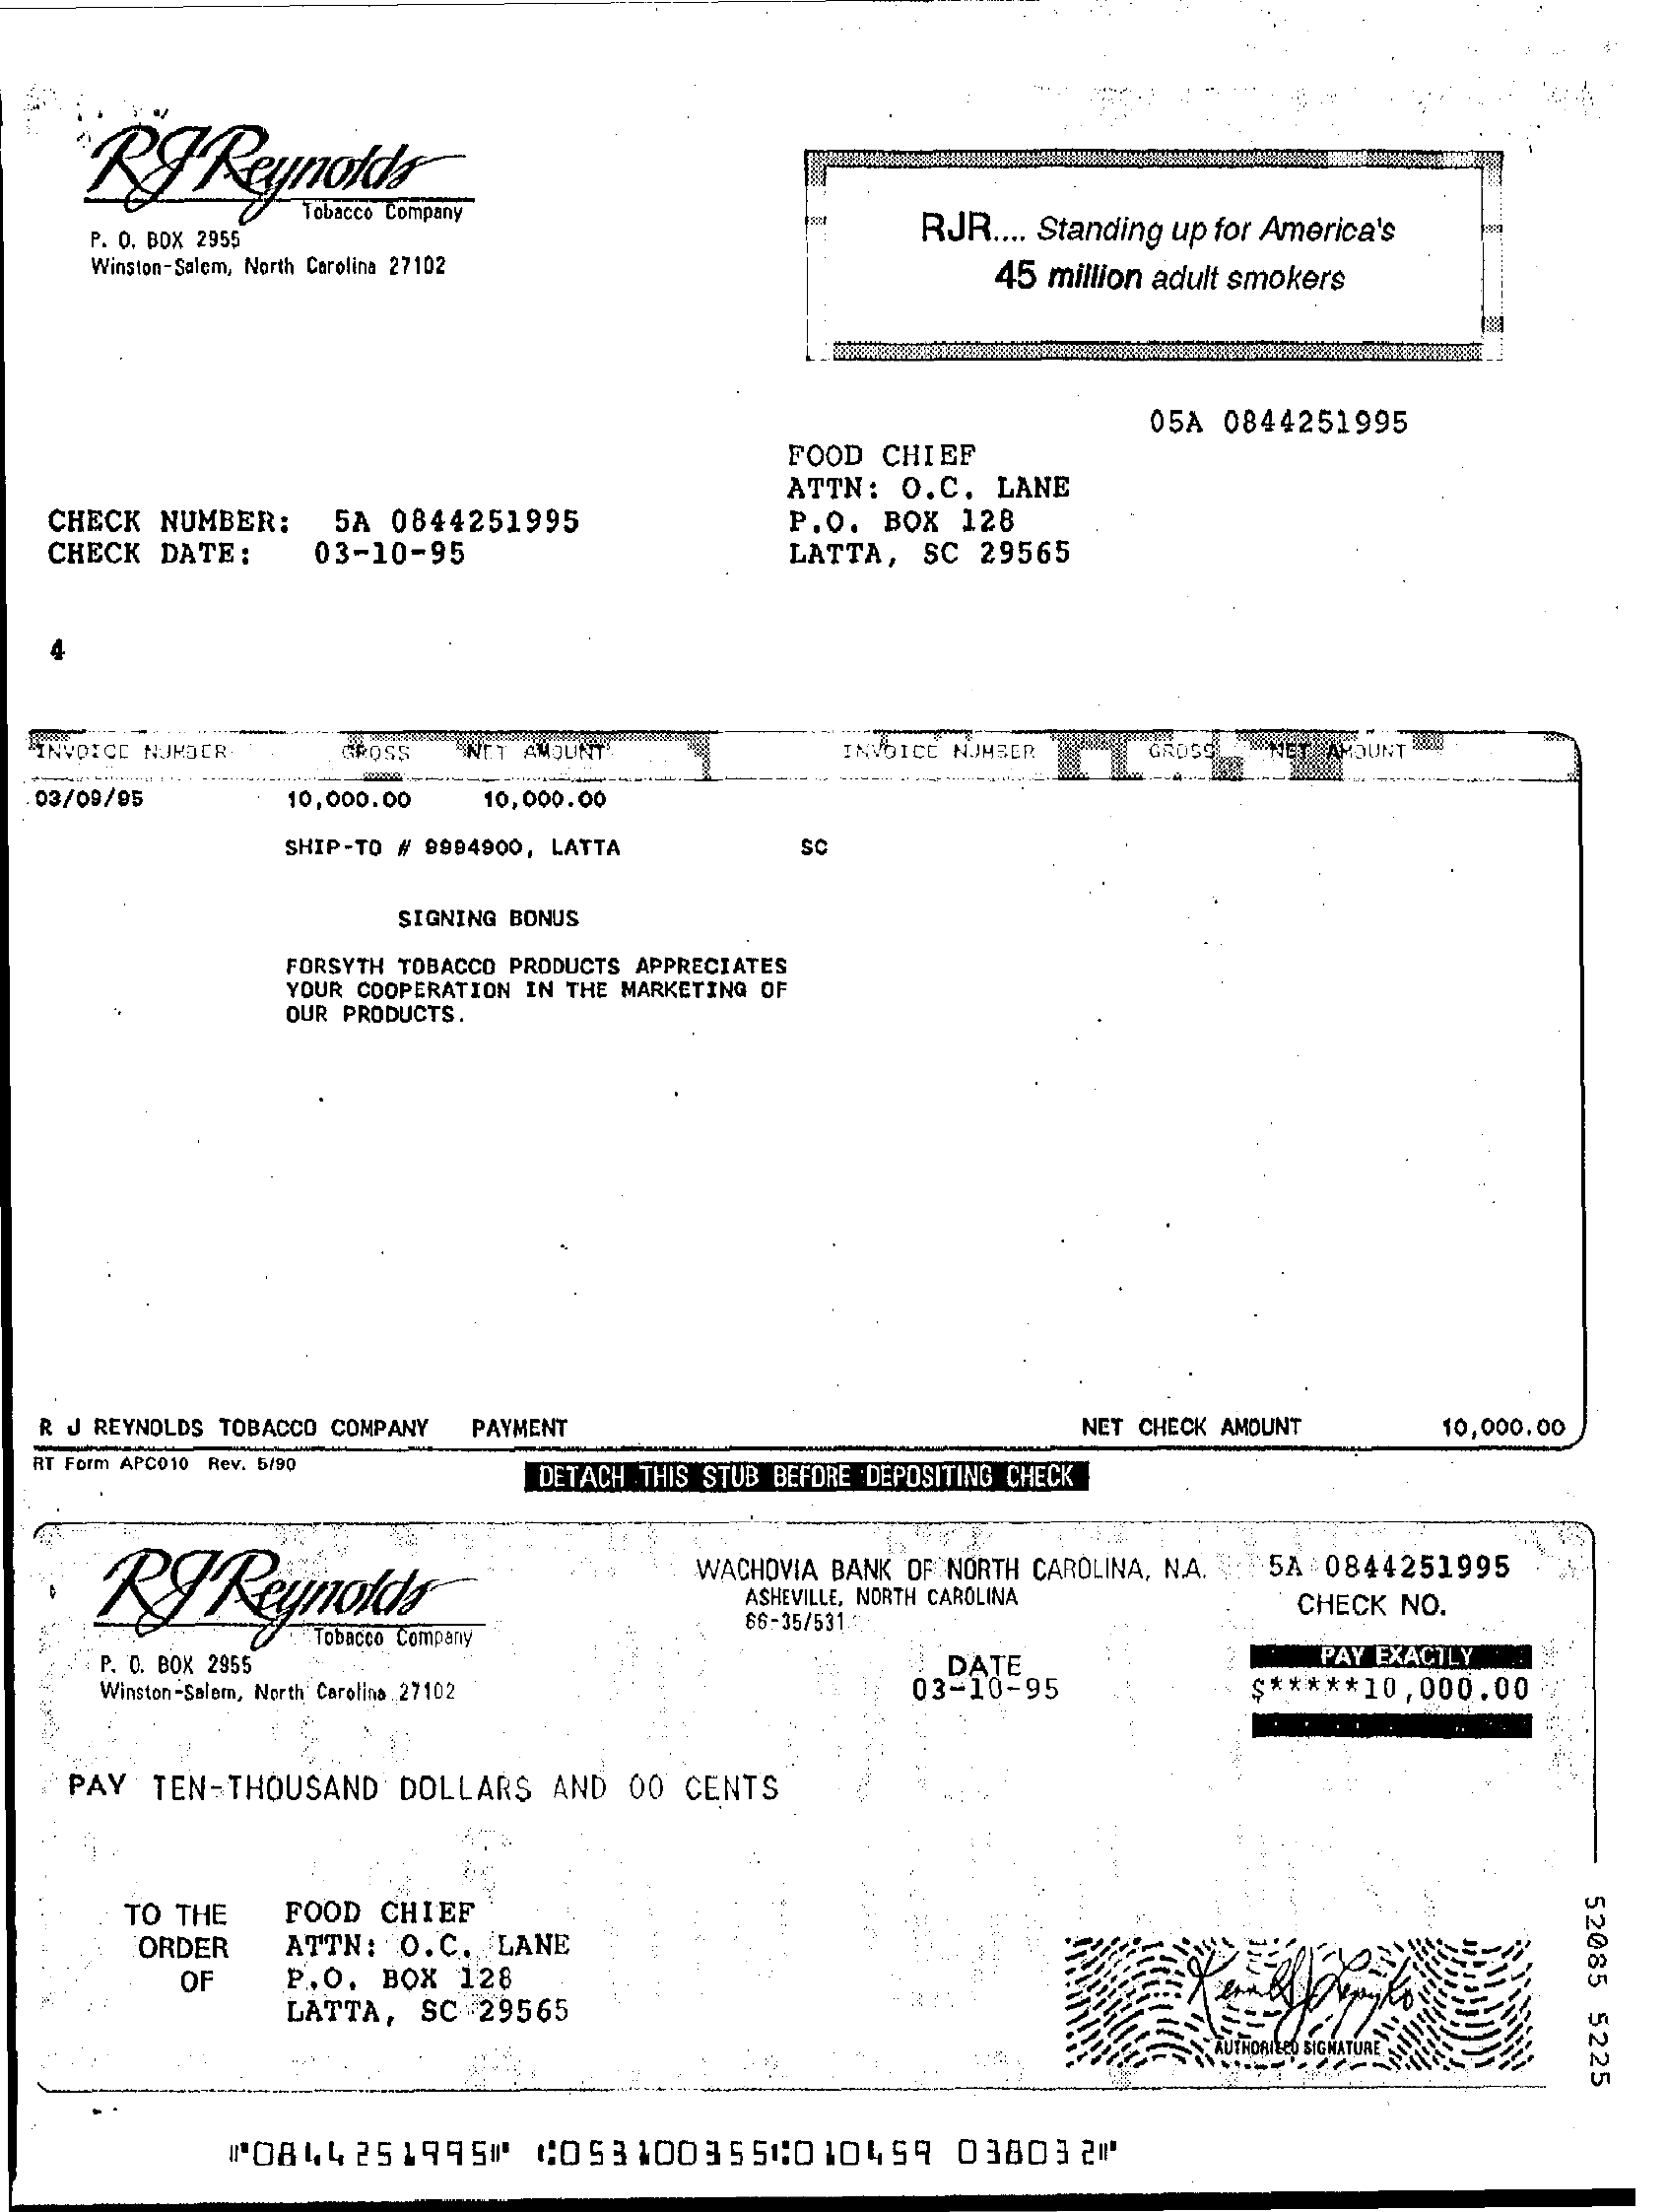
Reynolds
     Tobacco Company
   P. O. BOX 2955    RJR .... Standing up for America's
    Winston-Salem, North Carolina 27102 45 million adult smokers
     05A 0844251995
     FOOD CHIEF
     ATTN: O.C. LANE
  CHECK NUMBER: 5A 0844251995 P.O. BOX 128
  CHECK DATE: 03-10-95    LATTA, SC 29565
  INVOICE NUMBER ROSS AMOUNT  INVOICE NUMBER "NET AMOUNT
  03/09/95 10,000.00 10,000.00
     SHIP-TO # 8994900, LATTA SC
     SIGNING BONUS
     FORSYTH TOBACCO PRODUCTS APPRECIATES
     YOUR COOPERATION IN THE MARKETING OF
     OUR PRODUCTS.
  R J REYNOLDS TOBACCO COMPANY PAYMENT NET CHECK AMOUNT 10,000.00
  RT Form APC010 Rev. 6/90
     DETACH THIS STUB BEFORE DEPOSITING CHECK
    RT  Reynolds®
     WACHOVIA BANK OF NORTH CAROLINA, NA. : 5A 0844251995
     ASHEVILLE, NORTH CAROLINA
     Tobacco Company
     66-35/5315-
     CHECK NO.
    P. O. BOX 2955    PAY EXACTLY
    Winston-Salem, North Carolina 27102
     DATE
     03-10-95    $ ***** 10,000.00
   PAY TEN-THOUSAND DOLLARS AND 00 CENTS
     52085
     5225
     TO THE FOOD CHIEF
     ORDER ATTN: O.C. LANE
     OF  P.O. BOX 128
     LATTA, SC 29565
     "08442519950 0053 1003550:010499 0380320